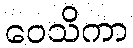
ဝေသိကာ